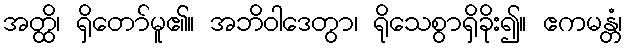
အတ္ထိ၊ ရှိတော်မူ၏။ အဘိဝါဒေတွာ၊ ရိုသေစွာရှိခိုး၍။ ဧကမန္တံ၊